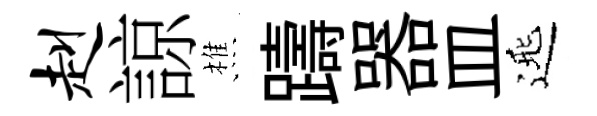
赳諒樵躊器皿𨓱